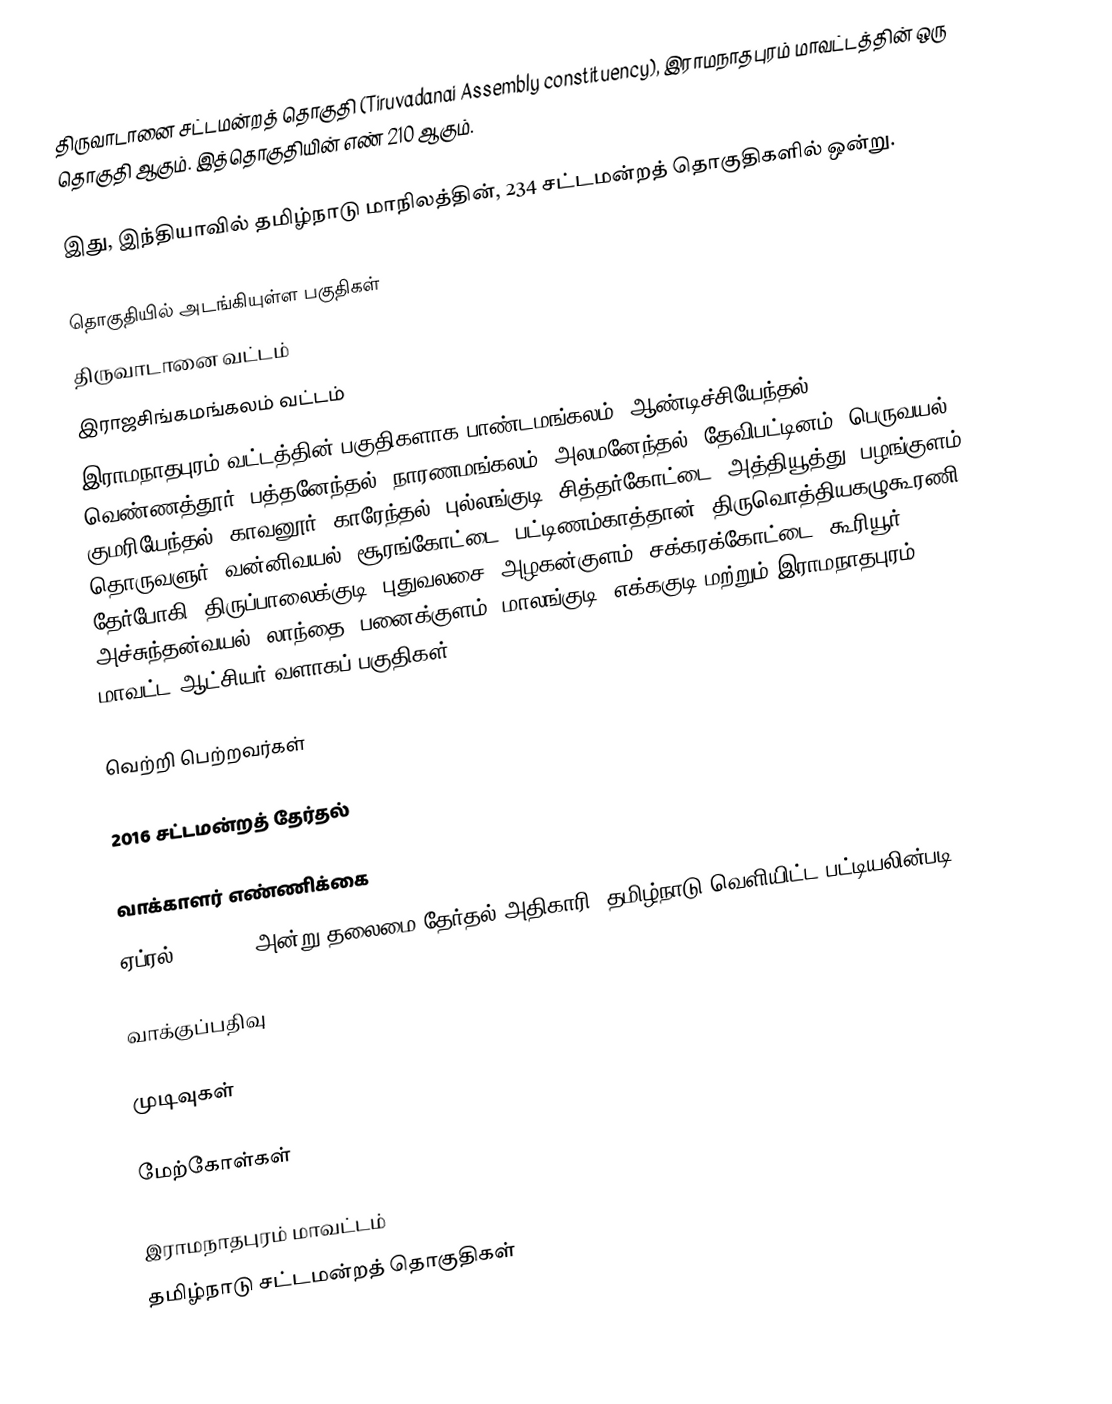
திருவாடானை சட்டமன்றத் தொகுதி (Tiruvadanai Assembly constituency), இராமநாதபுரம் மாவட்டத்தின் ஒரு தொகுதி ஆகும். இத்தொகுதியின் எண் 210 ஆகும்.

இது, இந்தியாவில் தமிழ்நாடு மாநிலத்தின், 234 சட்டமன்றத் தொகுதிகளில் ஒன்று.

தொகுதியில் அடங்கியுள்ள பகுதிகள்
திருவாடானை வட்டம்
 இராஜசிங்கமங்கலம் வட்டம்
இராமநாதபுரம் வட்டத்தின் பகுதிகளாக பாண்டமங்கலம், ஆண்டிச்சியேந்தல், வெண்ணத்தூர், பத்தனேந்தல், நாரணமங்கலம், அலமனேந்தல், தேவிபட்டினம், பெருவயல், குமரியேந்தல், காவனூர், காரேந்தல், புல்லங்குடி, சித்தர்கோட்டை, அத்தியூத்து, பழங்குளம், தொருவளுர், வன்னிவயல், சூரங்கோட்டை, பட்டிணம்காத்தான், திருவொத்தியகழுகூரணி, தேர்போகி, திருப்பாலைக்குடி, புதுவலசை, அழகன்குளம், சக்கரக்கோட்டை, கூரியூர், அச்சுந்தன்வயல், லாந்தை, பனைக்குளம், மாலங்குடி, எக்ககுடி மற்றும் இராமநாதபுரம் மாவட்ட ஆட்சியர் வளாகப் பகுதிகள்.

வெற்றி பெற்றவர்கள்

2016 சட்டமன்றத் தேர்தல்

வாக்காளர் எண்ணிக்கை
ஏப்ரல் 29, 2016 அன்று தலைமை தேர்தல் அதிகாரி, தமிழ்நாடு வெளியிட்ட பட்டியலின்படி,

வாக்குப்பதிவு

முடிவுகள்

மேற்கோள்கள்

இராமநாதபுரம் மாவட்டம்
தமிழ்நாடு சட்டமன்றத் தொகுதிகள்